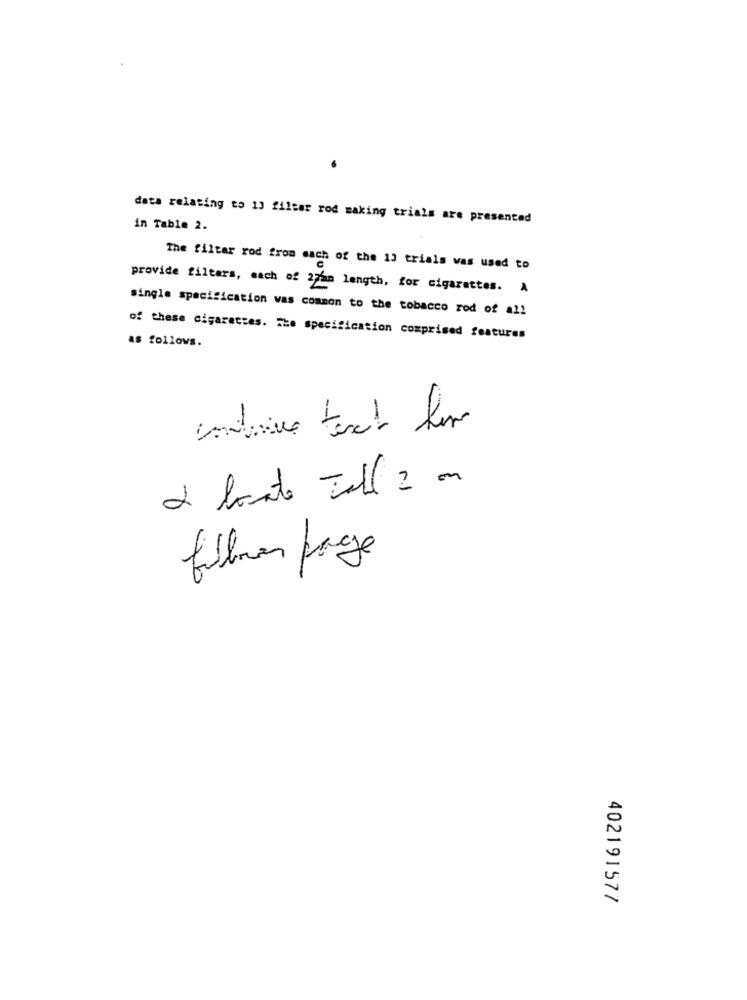
data relating to 13 filter rod making trials are presented
in Table 2.
The filtar rod from each of the 13 trials was used to
provide filters, each of 27ham length, for cigarettes. A
single specification was common to the tobacco rod of all
as follows.
of these cigarettes. The specification comprised features
cathrine text for
2 leute Toll 2 on
filtros page
402191577